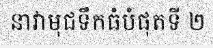
នាវាមុជទឹកធំបំផុតទី ២